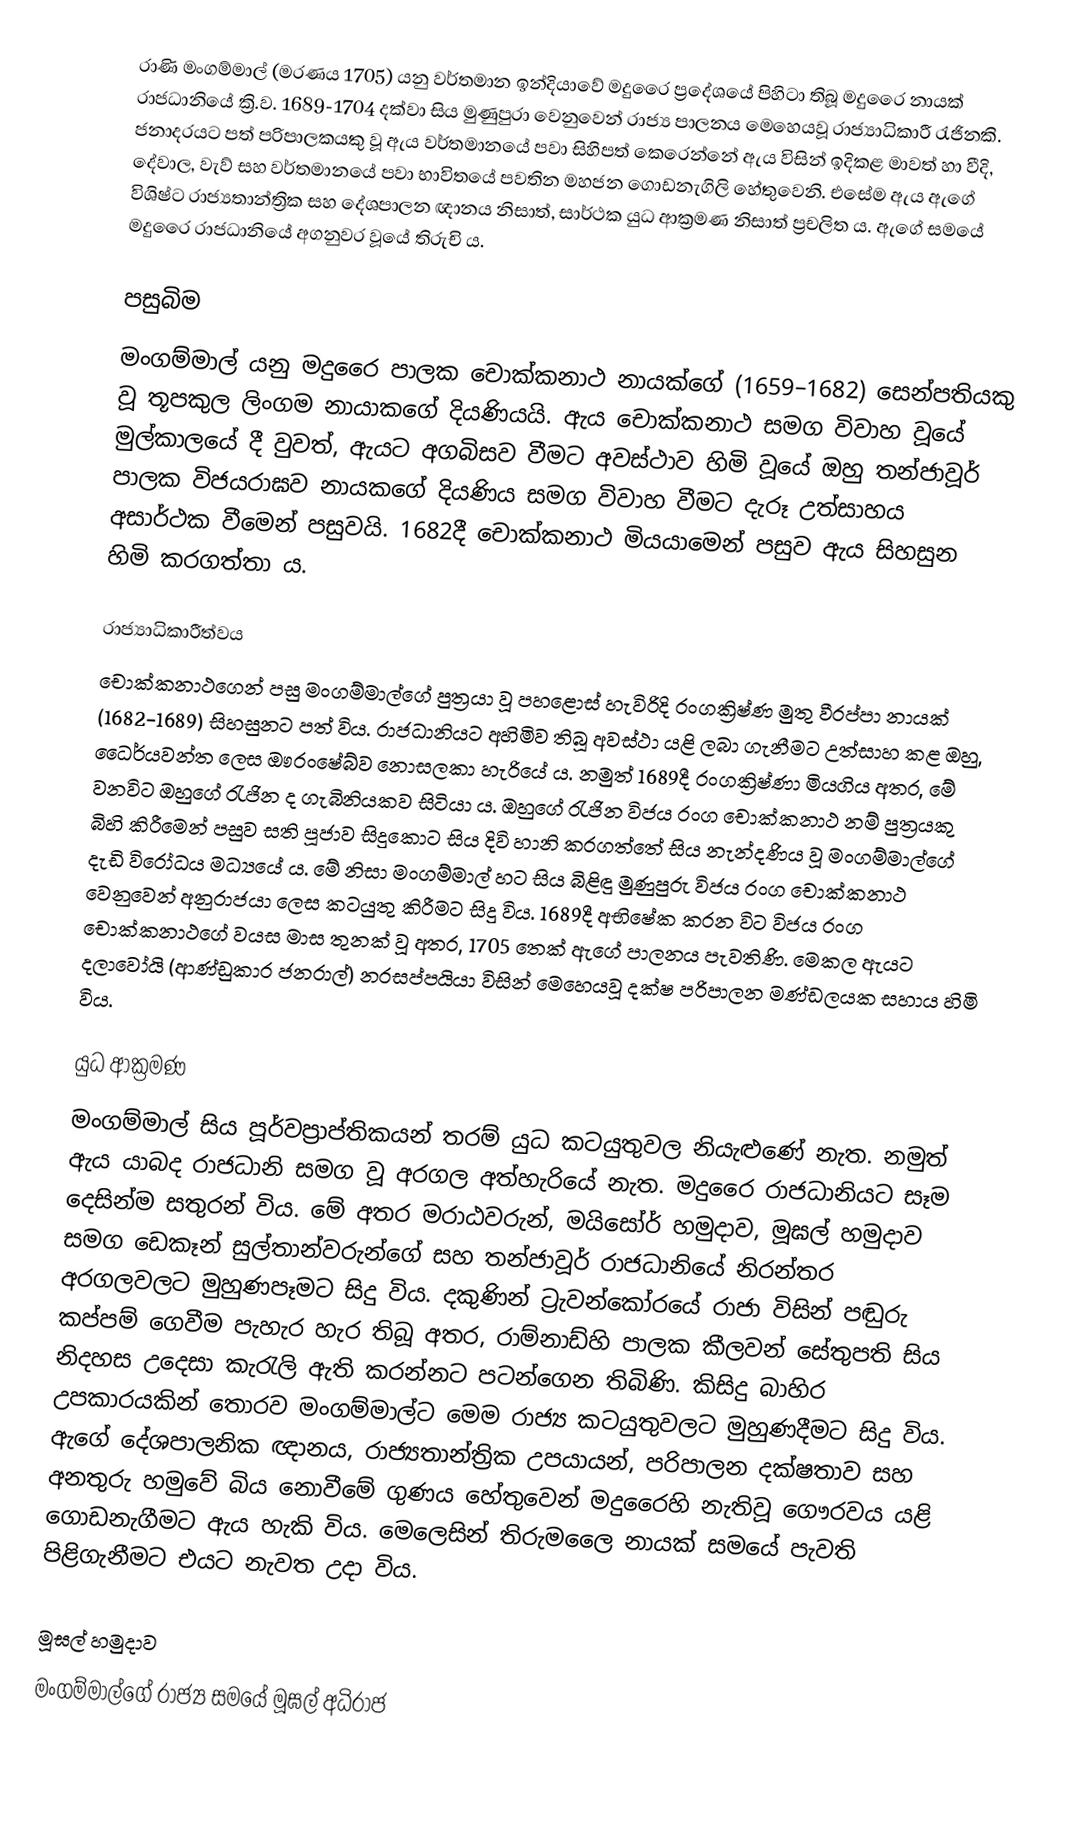
රාණි මංගම්මාල් (මරණය 1705) යනු වර්තමාන ඉන්දියාවේ මදුරෛ ප්‍රදේශයේ පිහිටා තිබූ මදුරෛ නායක් රාජධානියේ ක්‍රි.ව. 1689-1704 දක්වා සිය මුණුපුරා වෙනුවෙන් රාජ්‍ය පාලනය මෙහෙයවූ රාජ්‍යාධිකාරී රැජිනකි. ජනාදරයට පත් පරිපාලකයකු වූ ඇය වර්තමානයේ පවා සිහිපත් කෙරෙන්නේ ඇය විසින් ඉදිකළ මාවත් හා වීදි, දේවාල, වැව් සහ වර්තමානයේ පවා භාවිතයේ පවතින මහජන ගොඩනැගිලි හේතුවෙනි. එසේම ඇය ඇගේ විශිෂ්ට රාජ්‍යතාන්ත්‍රික සහ දේශපාලන ඥානය නිසාත්, සාර්ථක යුධ ආක්‍රමණ නිසාත් ප්‍රචලිත ය. ඇගේ සමයේ මදුරෛ රාජධානියේ අගනුවර වූයේ තිරුචි ය.

පසුබිම
මංගම්මාල් යනු මදුරෛ පාලක චොක්කනාථ නායක්ගේ (1659–1682) සෙන්පතියකු වූ තූපකුල ලිංගම නායාකගේ දියණියයි. ඇය චොක්කනාථ සමග විවාහ වූයේ මුල්කාලයේ දී වුවත්, ඇයට අගබිසව වීමට අවස්ථාව හිමි වූයේ ඔහු තන්ජාවූර් පාලක විජයරාඝව නායකගේ දියණිය සමග විවාහ වීමට දැරූ උත්සාහය අසාර්ථක වීමෙන් පසුවයි. 1682දී චොක්කනාථ මියයාමෙන් පසුව ඇය සිහසුන හිමි කරගත්තා ය.

රාජ්‍යාධිකාරීත්වය
චොක්කනාථගෙන් පසු මංගම්මාල්ගේ පුත්‍රයා වූ පහළොස් හැවිරිදි රංගක්‍රිෂ්ණ මුතු වීරප්පා නායක් (1682-1689) සිහසුනට පත් විය. රාජධානියට අහිමිව තිබූ අවස්ථා යළි ලබා ගැනීමට උත්සාහ කළ ඔහු, ධෛර්යවන්ත ලෙස ඖරංෂේබ්ව නොසලකා හැරියේ ය. නමුත් 1689දී රංගක්‍රිෂ්ණා මියගිය අතර, මේ වනවිට ඔහුගේ රැජින ද ගැබිනියකව සිටියා ය. ඔහුගේ රැජින විජය රංග චොක්කනාථ නම් පුත්‍රයකු බිහි කිරීමෙන් පසුව සති පූජාව සිදුකොට සිය දිවි හානි කරගත්තේ සිය නැන්දණිය වූ මංගම්මාල්ගේ  දැඩි විරෝධය මධ්‍යයේ ය. මේ නිසා මංගම්මාල් හට සිය බිළිඳු මුණුපුරු විජය රංග චොක්කනාථ වෙනුවෙන් අනුරාජයා ලෙස කටයුතු කිරීමට සිදු විය. 1689දී අභිෂේක කරන විට විජය රංග චොක්කනාථගේ වයස මාස තුනක් වූ අතර, 1705 තෙක් ඇගේ පාලනය පැවතිණි. මෙකල ඇයට දලාවෝයි (ආණ්ඩුකාර ජනරාල්) නරසප්පයියා විසින් මෙහෙයවූ දක්ෂ පරිපාලන මණ්ඩලයක සහාය හිමි විය‍.

යුධ ආක්‍රමණ
මංගම්මාල් සිය පූර්වප්‍රාප්තිකයන් තරම් යුධ කටයුතුවල නියැළුණේ නැත. නමුත් ඇය යාබද රාජධානි සමග වූ අරගල අත්හැරියේ නැත. මදුරෛ රාජධානියට සෑම දෙසින්ම සතුරන් විය. මේ අතර මරාඨවරුන්, මයිසෝර් හමුදාව, මූඝල් හමුදාව සමග ඩෙකෑන් සුල්තාන්වරුන්ගේ සහ තන්ජාවූර් රාජධානියේ නිරන්තර අරගලවලට මුහුණපෑමට සිදු විය. දකුණින් ට්‍රැවන්කෝරයේ රාජා විසින් පඬුරු කප්පම් ගෙවීම පැහැර හැර තිබූ අතර, රාම්නාඩ්හි පාලක කීලවන් සේතුපති සිය නිදහස උදෙසා කැරැලි ඇති කරන්නට පටන්ගෙන තිබිණි. කිසිදු බාහිර උපකාරයකින් තොරව මංගම්මාල්ට මෙම රාජ්‍ය කටයුතුවලට මුහුණදීමට සිදු විය. ඇගේ දේශපාලනික ඥානය, රාජ්‍යතාන්ත්‍රික උපයායන්, පරිපාලන දක්ෂතාව සහ අනතුරු හමුවේ බිය නොවීමේ ගුණය හේතුවෙන් මදුරෛහි නැතිවූ ගෞරවය යළි ගොඩනැගීමට ඇය හැකි විය. මෙලෙසින් තිරුමලෛ නායක් සමයේ පැවති පිළිගැනීමට එයට නැවත උදා විය.

මූඝල් හමුදාව
මංගම්මාල්ගේ රාජ්‍ය සමයේ මූඝල් අධිරාජ